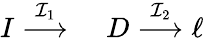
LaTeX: \begin{array}{rl}{I\stackrel{{\mathcal{I}}_{1}}{\longrightarrow}\, \, }&{{}D\stackrel{{\mathcal{I}}_{2}}{\longrightarrow}\ell}\end{array}